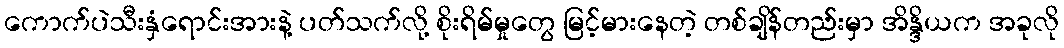
ကောက်ပဲသီးနှံရောင်းအားနဲ့ ပတ်သက်လို့ စိုးရိမ်မှုတွေ မြင့်မားနေတဲ့ တစ်ချိန်တည်းမှာ အိန္ဒိယက အခုလို